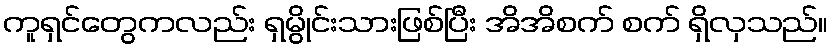
ကူရှင်တွေကလည်း ရှမွိုင်းသားဖြစ်ပြီး အိအိစက် စက် ရှိလှသည်။